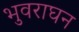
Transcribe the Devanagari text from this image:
भुवराघन